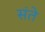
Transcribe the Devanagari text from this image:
संते